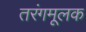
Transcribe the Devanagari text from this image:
तरंगमूलक